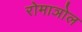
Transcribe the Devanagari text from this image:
रोमाञोल